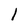
Character: l